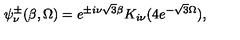
\psi _ { \nu } ^ { \pm } ( \beta , \Omega ) = e ^ { \pm i \nu \sqrt { 3 } \beta } K _ { i \nu } ( 4 e ^ { - \sqrt { 3 } \Omega } ) ,